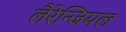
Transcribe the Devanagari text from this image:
लैरेन्जियल